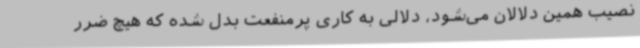
نصیب همین دلالان می‌شود، دلالی به کاری پرمنفعت بدل شده که هیچ ضرر